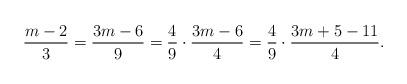
LaTeX: \begin{align*}\frac{m-2}{3}=\frac{3m-6}{9}=\frac{4}{9}\cdot\frac{3m-6}{4}=\frac{4}{9}\cdot\frac{3m+5-11}{4}.\end{align*}